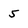
Character: 5